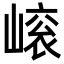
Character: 𡻨